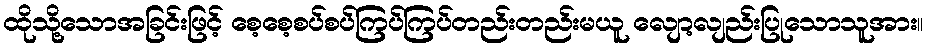
ထိုသို့သောအခြင်းဖြင့် စေ့စေ့စပ်စပ်ကြပ်ကြပ်တည်းတည်းမယူ လျော့လျည်းပြုသောသူအား။